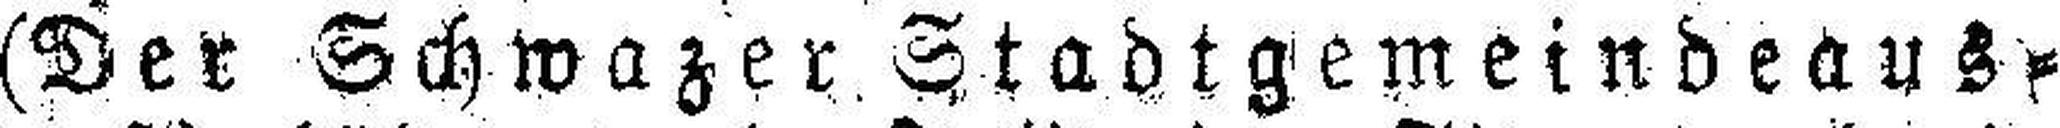
(Der Schwazer Stadtgemeindeaus¬